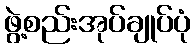
ဖွဲ့စည်းအုပ်ချုပ်ပုံ